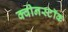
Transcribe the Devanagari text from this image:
क्वीनस्टॉक